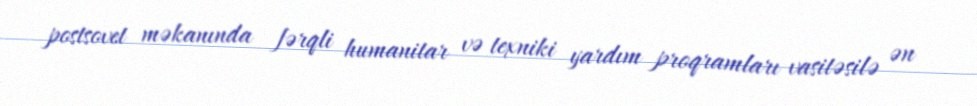
postsovet məkanında fərqli humanitar və texniki yardım proqramları vasitəsilə ən